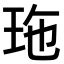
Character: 𤤩